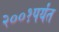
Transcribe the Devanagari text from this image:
२००१पर्यंत